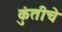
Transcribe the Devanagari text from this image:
कुंतीचे